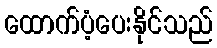
ထောက်ပံ့ပေးနိုင်သည်